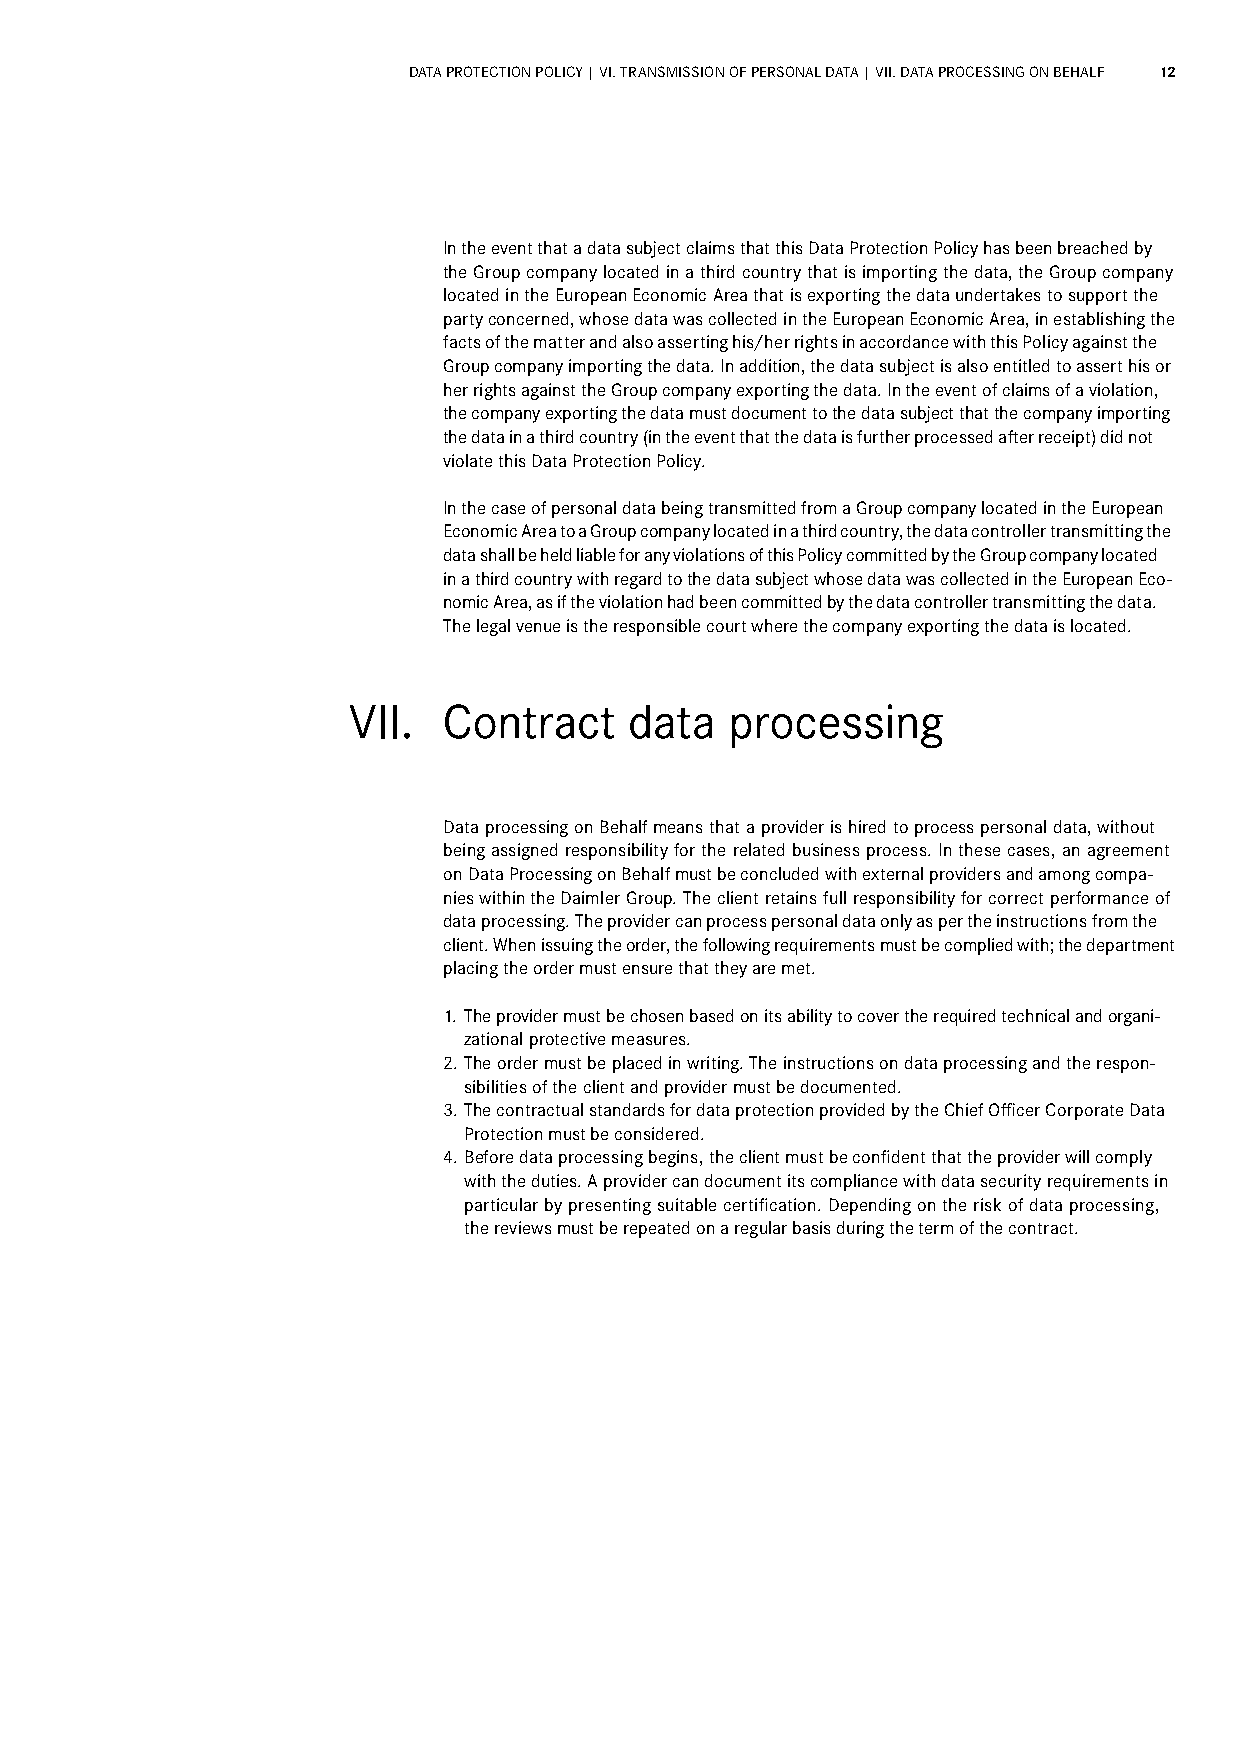
DATA PROTECTION POLICY | VI. TRANSMISSION OF PERSONAL DATA | VII. DATA PROCESSING ON BEHALF 12
 In the event that a data subject claims that this Data Protection Policy has been breached by
 the Group company located in a third country that is importing the data, the Group company
 located in the European Economic Area that is exporting the data undertakes to support the
 party concerned, whose data was collected in the European Economic Area, in establishing the
 facts of the matter and also asserting his/her rights in accordance with this Policy against the
 Group company importing the data. In addition, the data subject is also entitled to assert his or
 her rights against the Group company exporting the data. In the event of claims of a violation,
 the company exporting the data must document to the data subject that the company importing
 the data in a third country (in the event that the data is further processed after receipt) did not
 violate this Data Protection Policy.
 In the case of personal data being transmitted from a Group company located in the European
 Economic Area to a Group company located in a third country, the data controller transmitting the
 data shall be held liable for any violations of this Policy committed by the Group company located
 in a third country with regard to the data subject whose data was collected in the European Eco-
 nomic Area, as if the violation had been committed by the data controller transmitting the data.
 The legal venue is the responsible court where the company exporting the data is located.
 VII.  Contract     data  processing
 Data processing on Behalf means that a provider is hired to process personal data, without
 being assigned responsibility for the related business process. In these cases, an agreement
 on Data Processing on Behalf must be concluded with external providers and among compa-
 nies within the Daimler Group. The client retains full responsibility for correct performance of
 data processing. The provider can process personal data only as per the instructions from the
 client. When issuing the order, the following requirements must be complied with; the department
 placing the order must ensure that they are met.
 1. T he provider must be chosen based on its ability to cover the required technical and organi-
 zational protective measures.
 2. The order must be placed in writing. The instructions on data processing and the respon-
 sibilities of the client and provider must be documented.
 3. T he contractual standards for data protection provided by the Chief Officer Corporate Data
 Protection must be considered.
 4. B efore data processing begins, the client must be confident that the provider will comply
 with the duties. A provider can document its compliance with data security requirements in
 particular by presenting suitable certification. Depending on the risk of data processing,
 the reviews must be repeated on a regular basis during the term of the contract.